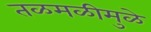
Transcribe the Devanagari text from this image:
तळमळीमुळे